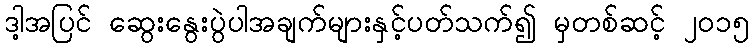
ဒါ့အပြင် ဆွေးနွေးပွဲပါအချက်များနှင့်ပတ်သက်၍ မှတစ်ဆင့် ၂၀၁၅